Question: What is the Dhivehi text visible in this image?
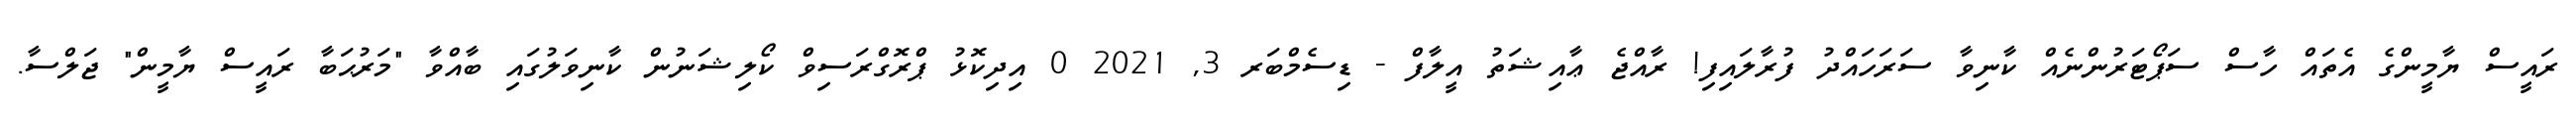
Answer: ރައީސް ޔާމީންގެ އެތައް ހާސް ސަޕޯޓަރުންނެއް ކާނިވާ ސަރަހައްދު ފުރާލައިފި! ރާއްޖެ ޢާއިޝަތު އީލާފް - ޑިސެމްބަރ 3, 2021 0 އިދިކޮޅު ޕްރޮގްރަސިވް ކޯލިޝަނުން ކާނިވަލުގައި ބާއްވާ "މަރުޙަބާ ރައީސް ޔާމީން" ޖަލްސާ.